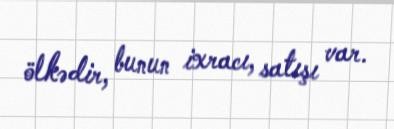
ölkədir, bunun ixracı, satışı var.